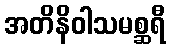
အတိနိဝါသမစ္ဆရီ